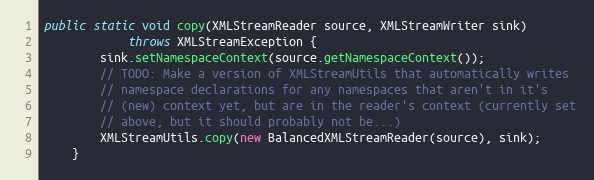
Language: Java
public static void copy(XMLStreamReader source, XMLStreamWriter sink)
            throws XMLStreamException {
        sink.setNamespaceContext(source.getNamespaceContext());
        // TODO: Make a version of XMLStreamUtils that automatically writes
        // namespace declarations for any namespaces that aren't in it's
        // (new) context yet, but are in the reader's context (currently set
        // above, but it should probably not be...)
        XMLStreamUtils.copy(new BalancedXMLStreamReader(source), sink);
    }